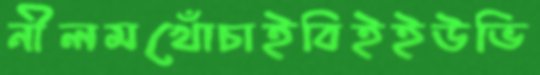
নীলমখোঁচাইবিইইউভি